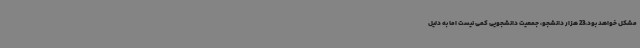
مشکل خواهد بود،23 هزار دانشجو، جمعیت دانشجویی کمی نیست اما به دلیل